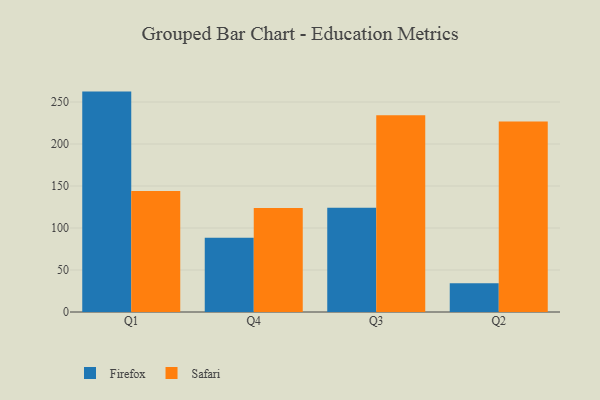
{"axis": {"x": "Quarter", "y": "Budget (USD K)"}, "legend": ["Firefox", "Safari"], "data": [{"x": "Q1", "y": 262.4, "type": "Firefox"}, {"x": "Q1", "y": 144.0, "type": "Safari"}, {"x": "Q4", "y": 88.4, "type": "Firefox"}, {"x": "Q4", "y": 123.7, "type": "Safari"}, {"x": "Q3", "y": 124.0, "type": "Firefox"}, {"x": "Q3", "y": 234.2, "type": "Safari"}, {"x": "Q2", "y": 34.2, "type": "Firefox"}, {"x": "Q2", "y": 226.7, "type": "Safari"}]}